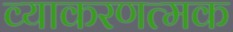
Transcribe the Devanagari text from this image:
व्याकरणत्मक